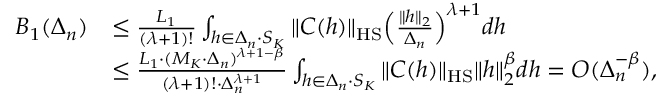
\begin{array} { r l } { B _ { 1 } ( \Delta _ { n } ) } & { \le \frac { L _ { 1 } } { ( \lambda + 1 ) ! } \int _ { h \in \Delta _ { n } \cdot S _ { K } } \| C ( h ) \| _ { \mathrm { H S } } \Big ( \frac { \| h \| _ { 2 } } { \Delta _ { n } } \Big ) ^ { \lambda + 1 } d h } \\ & { \le \frac { L _ { 1 } \cdot ( M _ { K } \cdot \Delta _ { n } ) ^ { \lambda + 1 - \beta } } { ( \lambda + 1 ) ! \cdot \Delta _ { n } ^ { \lambda + 1 } } \int _ { h \in \Delta _ { n } \cdot S _ { K } } \| C ( h ) \| _ { \mathrm { H S } } \| h \| _ { 2 } ^ { \beta } d h = { \cal O } ( \Delta _ { n } ^ { - \beta } ) , } \end{array}